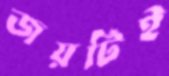
জয়টিই